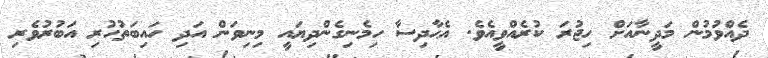
ދެއްވުމުން މަދީނާއަށް ހިޖުރަ ކުރެއްވީއެވެ. އެޙާދިސާ ހިމެނިގެންދިޔައީ މިނިވަން އަދި ހައިބަތުހުރި އަބުރުވެރި